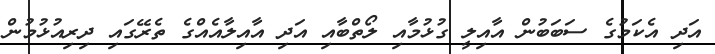
އަދި އެކަމުގެ ސަބަބުން އާއިލީ ގުޅުމާއި ލޯތްބާއި އަދި އާއިލާއެއްގެ ތެރޭގައި ދިރިއުޅުމުން